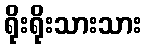
ရိုးရိုးသားသား